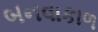
બનવાકાળ